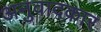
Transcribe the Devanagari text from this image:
अनुवादकार